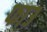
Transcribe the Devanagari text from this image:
फाउ